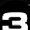
Digit: 3